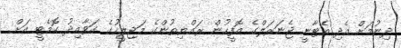
ދިނުމަށް އެދި އެޓާނީ ޖެނަރަލްގެ އޮފީހުން ރައްޔިތުންގެ މަޖިލީހުގެ ގަވާއިދު ކޮމެޓީ އަށް